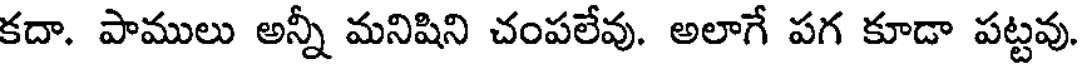
కదా. పాములు అన్నీ మనిషిని చంపలేవు. అలాగే పగ కూడా పట్టవు.